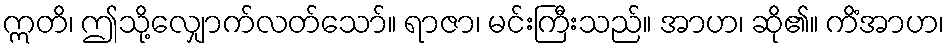
ဣတိ၊ ဤသို့လျှောက်လတ်သော်။ ရာဇာ၊ မင်းကြီးသည်။ အာဟ၊ ဆို၏။ ကိံအာဟ၊